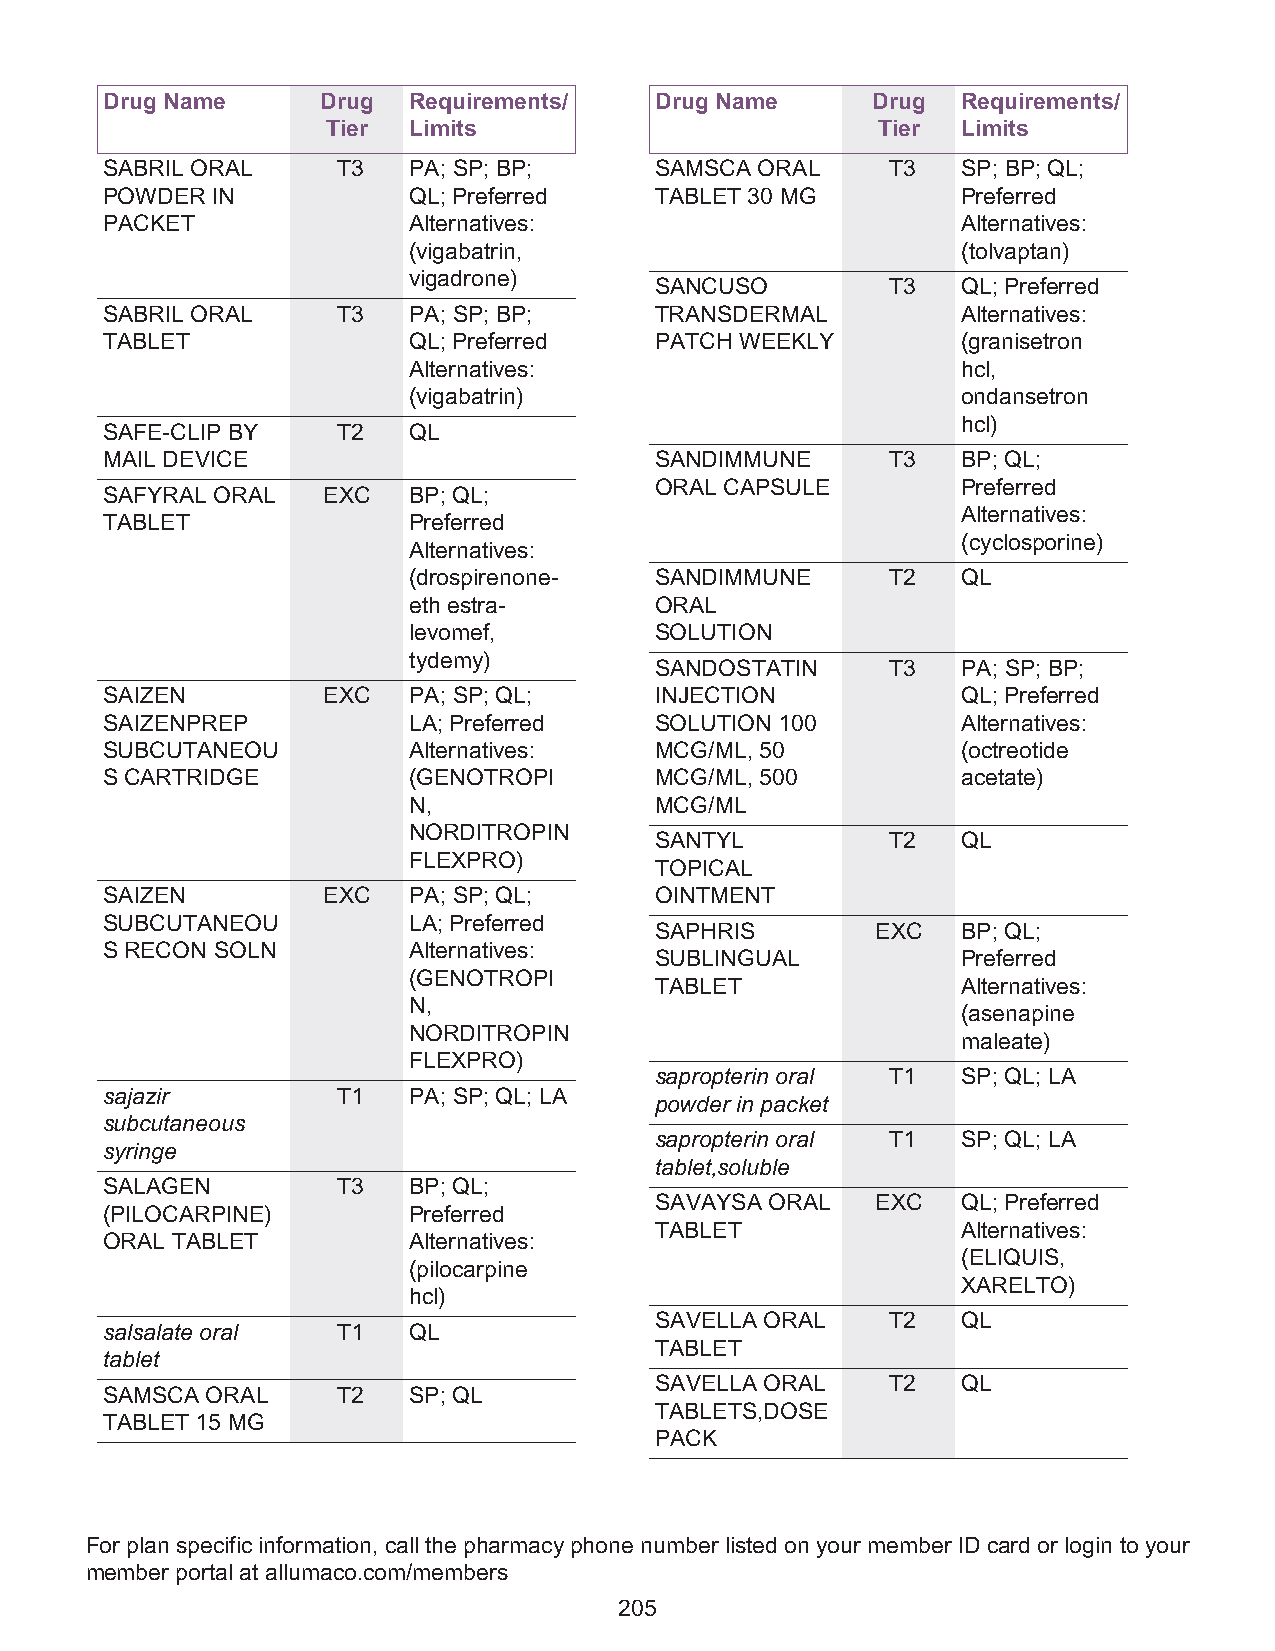
Drug Name     Drug  Requirements/   Drug Name      Drug  Requirements/
 Tier Limits                         Tier  Limits
 SABRIL ORAL    T3   PA; SP; BP;     SAMSCA ORAL     T3   SP; BP; QL;
 POWDER IN           QL; Preferred   TABLET 30 MG         Preferred
 PACKET              Alternatives:                        Alternatives:
 (vigabatrin,                         (tolvaptan)
 vigadrone)
 SANCUSO         T3   QL; Preferred
 SABRIL ORAL    T3   PA; SP; BP;     TRANSDERMAL          Alternatives:
 TABLET              QL; Preferred   PATCH WEEKLY         (granisetron
 Alternatives:                        hcl,
 (vigabatrin)                         ondansetron
 hcl)
 SAFE-CLIP BY   T2   QL
 MAIL DEVICE                         SANDIMMUNE      T3   BP; QL;
 ORAL CAPSULE         Preferred
 SAFYRAL ORAL  EXC   BP; QL;
 Alternatives:
 TABLET              Preferred
 (cyclosporine)
 Alternatives:
 (drospirenone-  SANDIMMUNE      T2   QL
 eth estra-      ORAL
 levomef,        SOLUTION
 tydemy)
 SANDOSTATIN     T3   PA; SP; BP;
 SAIZEN        EXC   PA; SP; QL;     INJECTION            QL; Preferred
 SAIZENPREP          LA; Preferred   SOLUTION 100         Alternatives:
 SUBCUTANEOU         Alternatives:   MCG/ML, 50           (octreotide
 S CARTRIDGE         (GENOTROPI      MCG/ML, 500          acetate)
 N,              MCG/ML
 NORDITROPIN
 SANTYL          T2   QL
 FLEXPRO)
 TOPICAL
 SAIZEN        EXC   PA; SP; QL;     OINTMENT
 SUBCUTANEOU         LA; Preferred
 SAPHRIS        EXC   BP; QL;
 S RECON SOLN        Alternatives:
 SUBLINGUAL           Preferred
 (GENOTROPI
 TABLET               Alternatives:
 N,
 (asenapine
 NORDITROPIN
 maleate)
 FLEXPRO)
 sapropterin oral T1  SP; QL; LA
 sajazir        T1   PA; SP; QL; LA
 powder in packet
 subcutaneous
 sapropterin oral T1  SP; QL; LA
 syringe
 tablet,soluble
 SALAGEN        T3   BP; QL;
 SAVAYSA ORAL   EXC   QL; Preferred
 (PILOCARPINE)       Preferred
 TABLET               Alternatives:
 ORAL TABLET         Alternatives:
 (ELIQUIS,
 (pilocarpine
 XARELTO)
 hcl)
 SAVELLA ORAL    T2   QL
 salsalate oral T1   QL
 TABLET
 tablet
 SAVELLA ORAL    T2   QL
 SAMSCA ORAL    T2   SP; QL
 TABLETS,DOSE
 TABLET 15 MG
 PACK
 For plan specific information, call the pharmacy phone number listed on your member ID card or login to your
 member portal at allumaco.com/members
 205